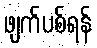
ဖျက်ပစ်ရန်